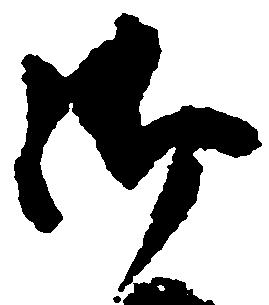
御